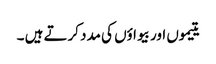
یتیموں اور بیواؤں کی مدد کرتے ہیں ۔